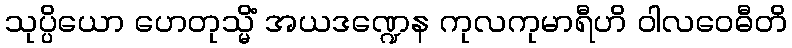
သုပ္ပိယော ဟေတုသ္မိံ အယဒဏ္ဍေန ကုလကုမာရီဟိ ဝါလဝေဓီတိ